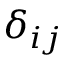
\delta _ { i j }